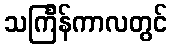
သင်္ကြန်ကာလတွင်